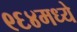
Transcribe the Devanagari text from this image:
९६४मध्ये